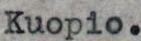
Kuopio.